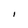
Character: l